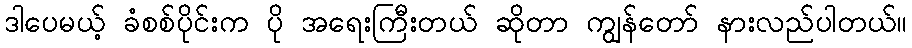
ဒါပေမယ့် ခံစစ်ပိုင်းက ပို အရေးကြီးတယ် ဆိုတာ ကျွန်တော် နားလည်ပါတယ်။